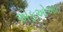
એફઓઆઇ